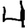
Digit: 4